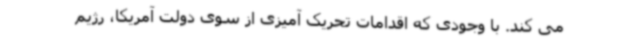
می کند. با وجودی که اقدامات تحریک آمیزی از سوی دولت آمریکا، رژیم